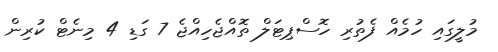
މުލީގައި ހުމެއް ފެތުރި ހޮސްޕިޓަލް ތޮއްޖެހިއްޖެ 7 ގަޑި 4 މިނެޓް ކުރިން